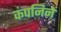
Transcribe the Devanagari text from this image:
कंपनिने